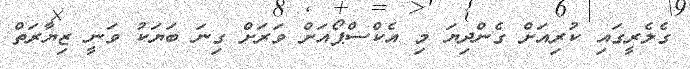
ގެލެރީގައި ކުރިއަށް ގެންދިޔަ މި އެކްސްޕޯއަށް ވަރަށް ގިނަ ބަޔަކު ވަނީ ޒިޔާރަތް